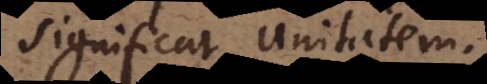
significat unitatem.